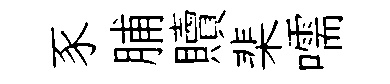
豕脯贖棐嚅